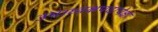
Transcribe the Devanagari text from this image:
उपाध्यक्षपदापेक्षा